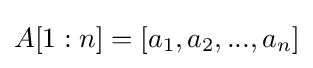
A[1:n]=[a_{1},a_{2},...,a_{n}]